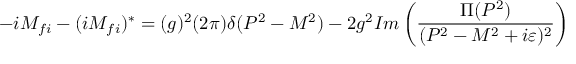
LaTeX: - i { \cal M } _ { f i } - ( i { \cal M } _ { f i } ) ^ { * } = ( g ) ^ { 2 } ( 2 \pi ) \delta ( P ^ { 2 } - M ^ { 2 } ) - 2 g ^ { 2 } I m \left( { { \frac { \Pi ( P ^ { 2 } ) } { ( P ^ { 2 } - M ^ { 2 } + i \varepsilon ) ^ { 2 } } } } \right)